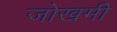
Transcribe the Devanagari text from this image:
जोखमी